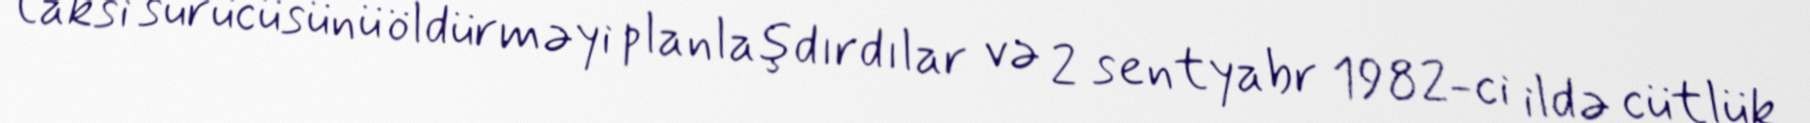
taksi sürücüsünü öldürməyi planlaşdırdılar və 2 sentyabr 1982-ci ildə cütlük